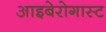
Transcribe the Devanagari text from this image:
आइबेरोगास्ट